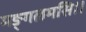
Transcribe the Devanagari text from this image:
मङ्गलमसि।।